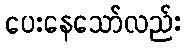
ပေးနေသော်လည်း